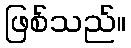
ဖြစ်သည်။